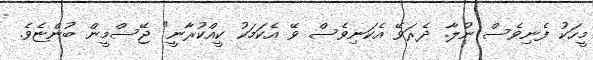
މީހަކު ފެނިވެެސް ނުލާ. ދެރަވޭ އެކަނިވެސް ވޭ އެެކަމަކު ކީއްކުރާނީ" ޖޭސްމީން ބުންޏެވެެ.